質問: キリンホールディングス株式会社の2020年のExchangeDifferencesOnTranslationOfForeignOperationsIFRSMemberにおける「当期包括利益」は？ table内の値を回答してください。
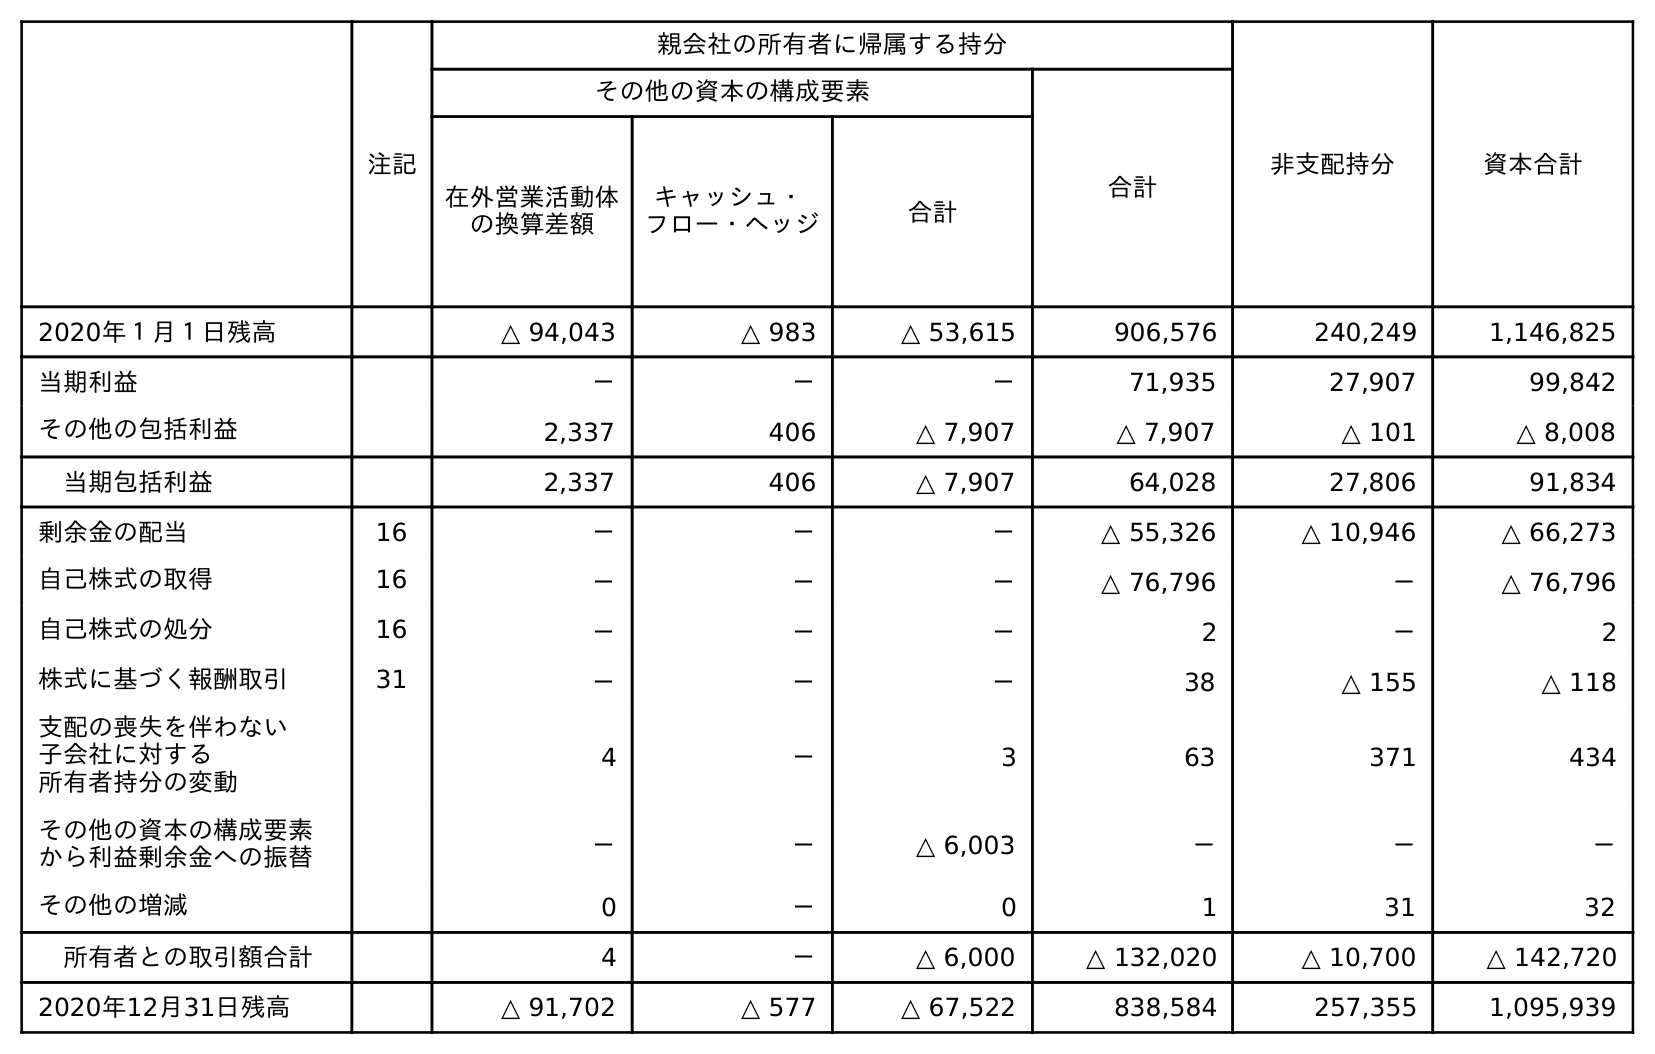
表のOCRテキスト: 注記 親会社の所有者に帰属する持分 非支配持分 資本合計 その他の資本の構成要素 合計 在外営業活動体 の換算差額 キャッシュ・ フロー・ヘッジ 合計 2020年１月１日残高 △ 94,043 △ 983 △ 53,615 906,576 240,249 1,146,825 当期利益 － － － 71,935 27,907 99,842 その他の包括利益 2,337 406 △ 7,907 △ 7,907 △ 101 △ 8,008 当期包括利益 2,337 406 △ 7,907 64,028 27,806 91,834 剰余金の配当 16 － － － △ 55,326 △ 10,946 △ 66,273 自己株式の取得 16 － － － △ 76,796 － △ 76,796 自己株式の処分 16 － － － 2 － 2 株式に基づく報酬取引 31 － － － 38 △ 155 △ 118 支配の喪失を伴わない 子会社に対する 所有者持分の変動 4 － 3 63 371 434 その他の資本の構成要素 から利益剰余金への振替 － － △ 6,003 － － － その他の増減 0 － 0 1 31 32 所有者との取引額合計 4 － △ 6,000 △ 132,020 △ 10,700 △ 142,720 2020年12月31日残高 △ 91,702 △ 577 △ 67,522 838,584 257,355 1,095,939
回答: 2,337